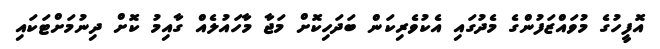
އޮފީހުގެ މުވައްޒަފުންގެ މެދުގައި އެކުވެރިކަން ބަދަހިކޮށް މަޖާ މާހައުލެއް ގާއިމު ކޮށް ދިނުމަށްޓަކައި